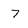
Character: 7